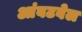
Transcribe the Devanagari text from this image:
आंबटवेल